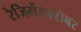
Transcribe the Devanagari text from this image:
रेजिमेंटबरोबर